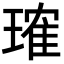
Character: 𬎂